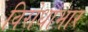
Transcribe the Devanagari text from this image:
विरोधाभार